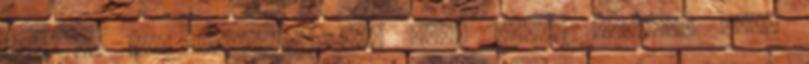
ki, de már befognia sem lett volna szabad, mert